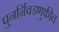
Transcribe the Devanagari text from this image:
पुनर्निवडणुकीत